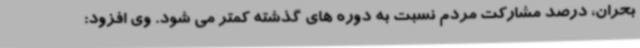
بحران، درصد مشارکت مردم نسبت به دوره های گذشته کمتر می شود. وی افزود: